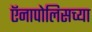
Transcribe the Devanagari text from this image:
ऍनापोलिसच्या